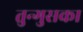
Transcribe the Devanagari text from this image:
तुन्गुसका